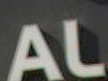
AL